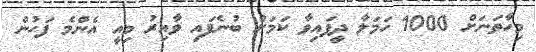
މިހާތަނަށް 1000 ހަމަލާ ދީފައިވާ ކަމަށް ބުނެފައި ވާއިރު މިއީ އެންމެ ފަހުން